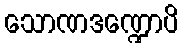
သောဏဒဏ္ဍောပိ